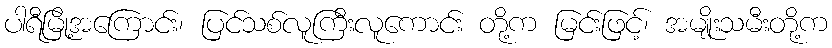
ပါရီမြို့အကြောင်း၊ ပြင်သစ်လူကြီးလူကောင်း တို့က မြင်းဖြင့်၊ အမျိုးသမီးတို့က